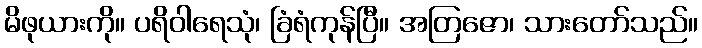
မိဖုယားကို။ ပရိဝါရေသုံ၊ ခြံရံကုန်ပြီ။ အတြဇော၊ သားတော်သည်။